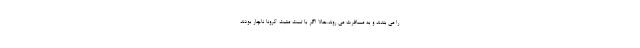
را می بندند و به مسافرت می روند.حالا اگر با تست مثبت کرونا ناچار بودند